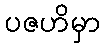
ပဇဟိမှာ